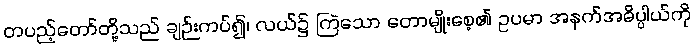
တပည့်တော်တို့သည် ချဉ်းကပ်၍၊ လယ်၌ ကြဲသော တောမျိုးစေ့၏ ဥပမာ အနက်အဓိပ္ပါယ်ကို